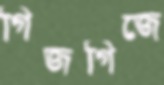
গিজগিজে